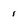
Character: 1